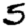
Digit: 5